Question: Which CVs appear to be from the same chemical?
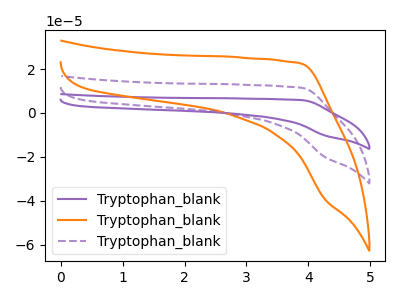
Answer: <think>The purple curve "Tryptophan_blank1" has no peaks. The orange curve "Tryptophan_blank2" has no peaks. The purple dashed curve "Tryptophan_blank3" has no peaks.
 Neither "Tryptophan_blank1" or "Tryptophan_blank2" have any peaks. Neither "Tryptophan_blank1" or "Tryptophan_blank3" have any peaks. Neither "Tryptophan_blank2" or "Tryptophan_blank3" have any peaks.</think>
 <answer>"Tryptophan_blank2", "Tryptophan_blank1" and "Tryptophan_blank3" have the same shape and are likely CV's of the same chemical.</answer>
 <eval>"Tryptophan_blank2" "Tryptophan_blank1" "Tryptophan_blank3"</eval>